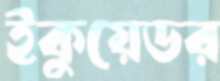
ইকুয়েডর